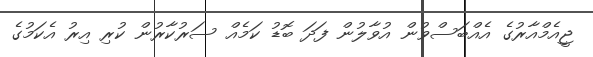
ޖީއެމްއާރުގެ އެއްބަސްވުން އުވާލުން ފަދަ ބޮޑު ކަމެއް ސަރުކާރުން ކުރި އިރު އެކަމުގެ